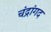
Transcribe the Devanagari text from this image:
चंद्रांगद